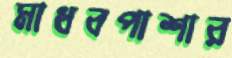
মাধবপাশার